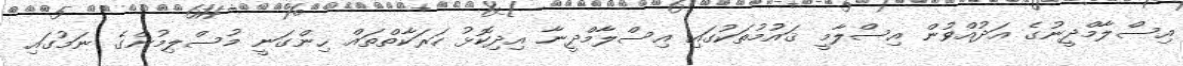
އިސްލާމްދީނުގެ އަދުއްވުން އިސްލާމީ ޤައުމުތަކުގައި އިސްލާމްދީނާ އިދިކޮޅު ހަރަކާތްތައް ހިންގަނީ މުސްލިމުންގެ ނަމުގައި